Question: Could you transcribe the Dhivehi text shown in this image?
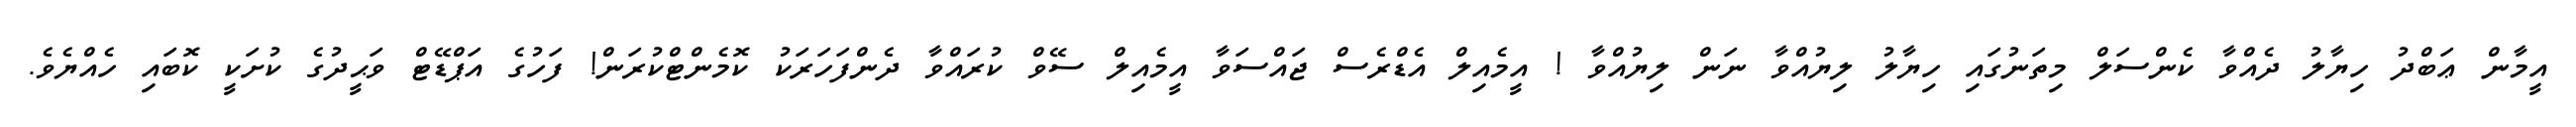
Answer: އީމާން ޢަބްދު ހިޔާލު ދެއްވާ ކެންސަލް މިތަނުގައި ހިޔާލު ލިޔުއްވާ ނަން ލިޔުއްވާ ! އީމެއިލް އެޑްރެސް ޖައްސަވާ އީމެއިލް ސޭވް ކުރައްވާ ދެންފަހަރަކު ކޮމެންޓްކުރަން! ފަހުގެ އަޕްޑޭޓް ވަޙީދުގެ ކުށަކީ ކޮބައި ހެއްޔެވެ.